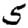
Digit: 5